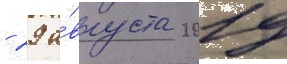
- 29 а́вгуста 2019